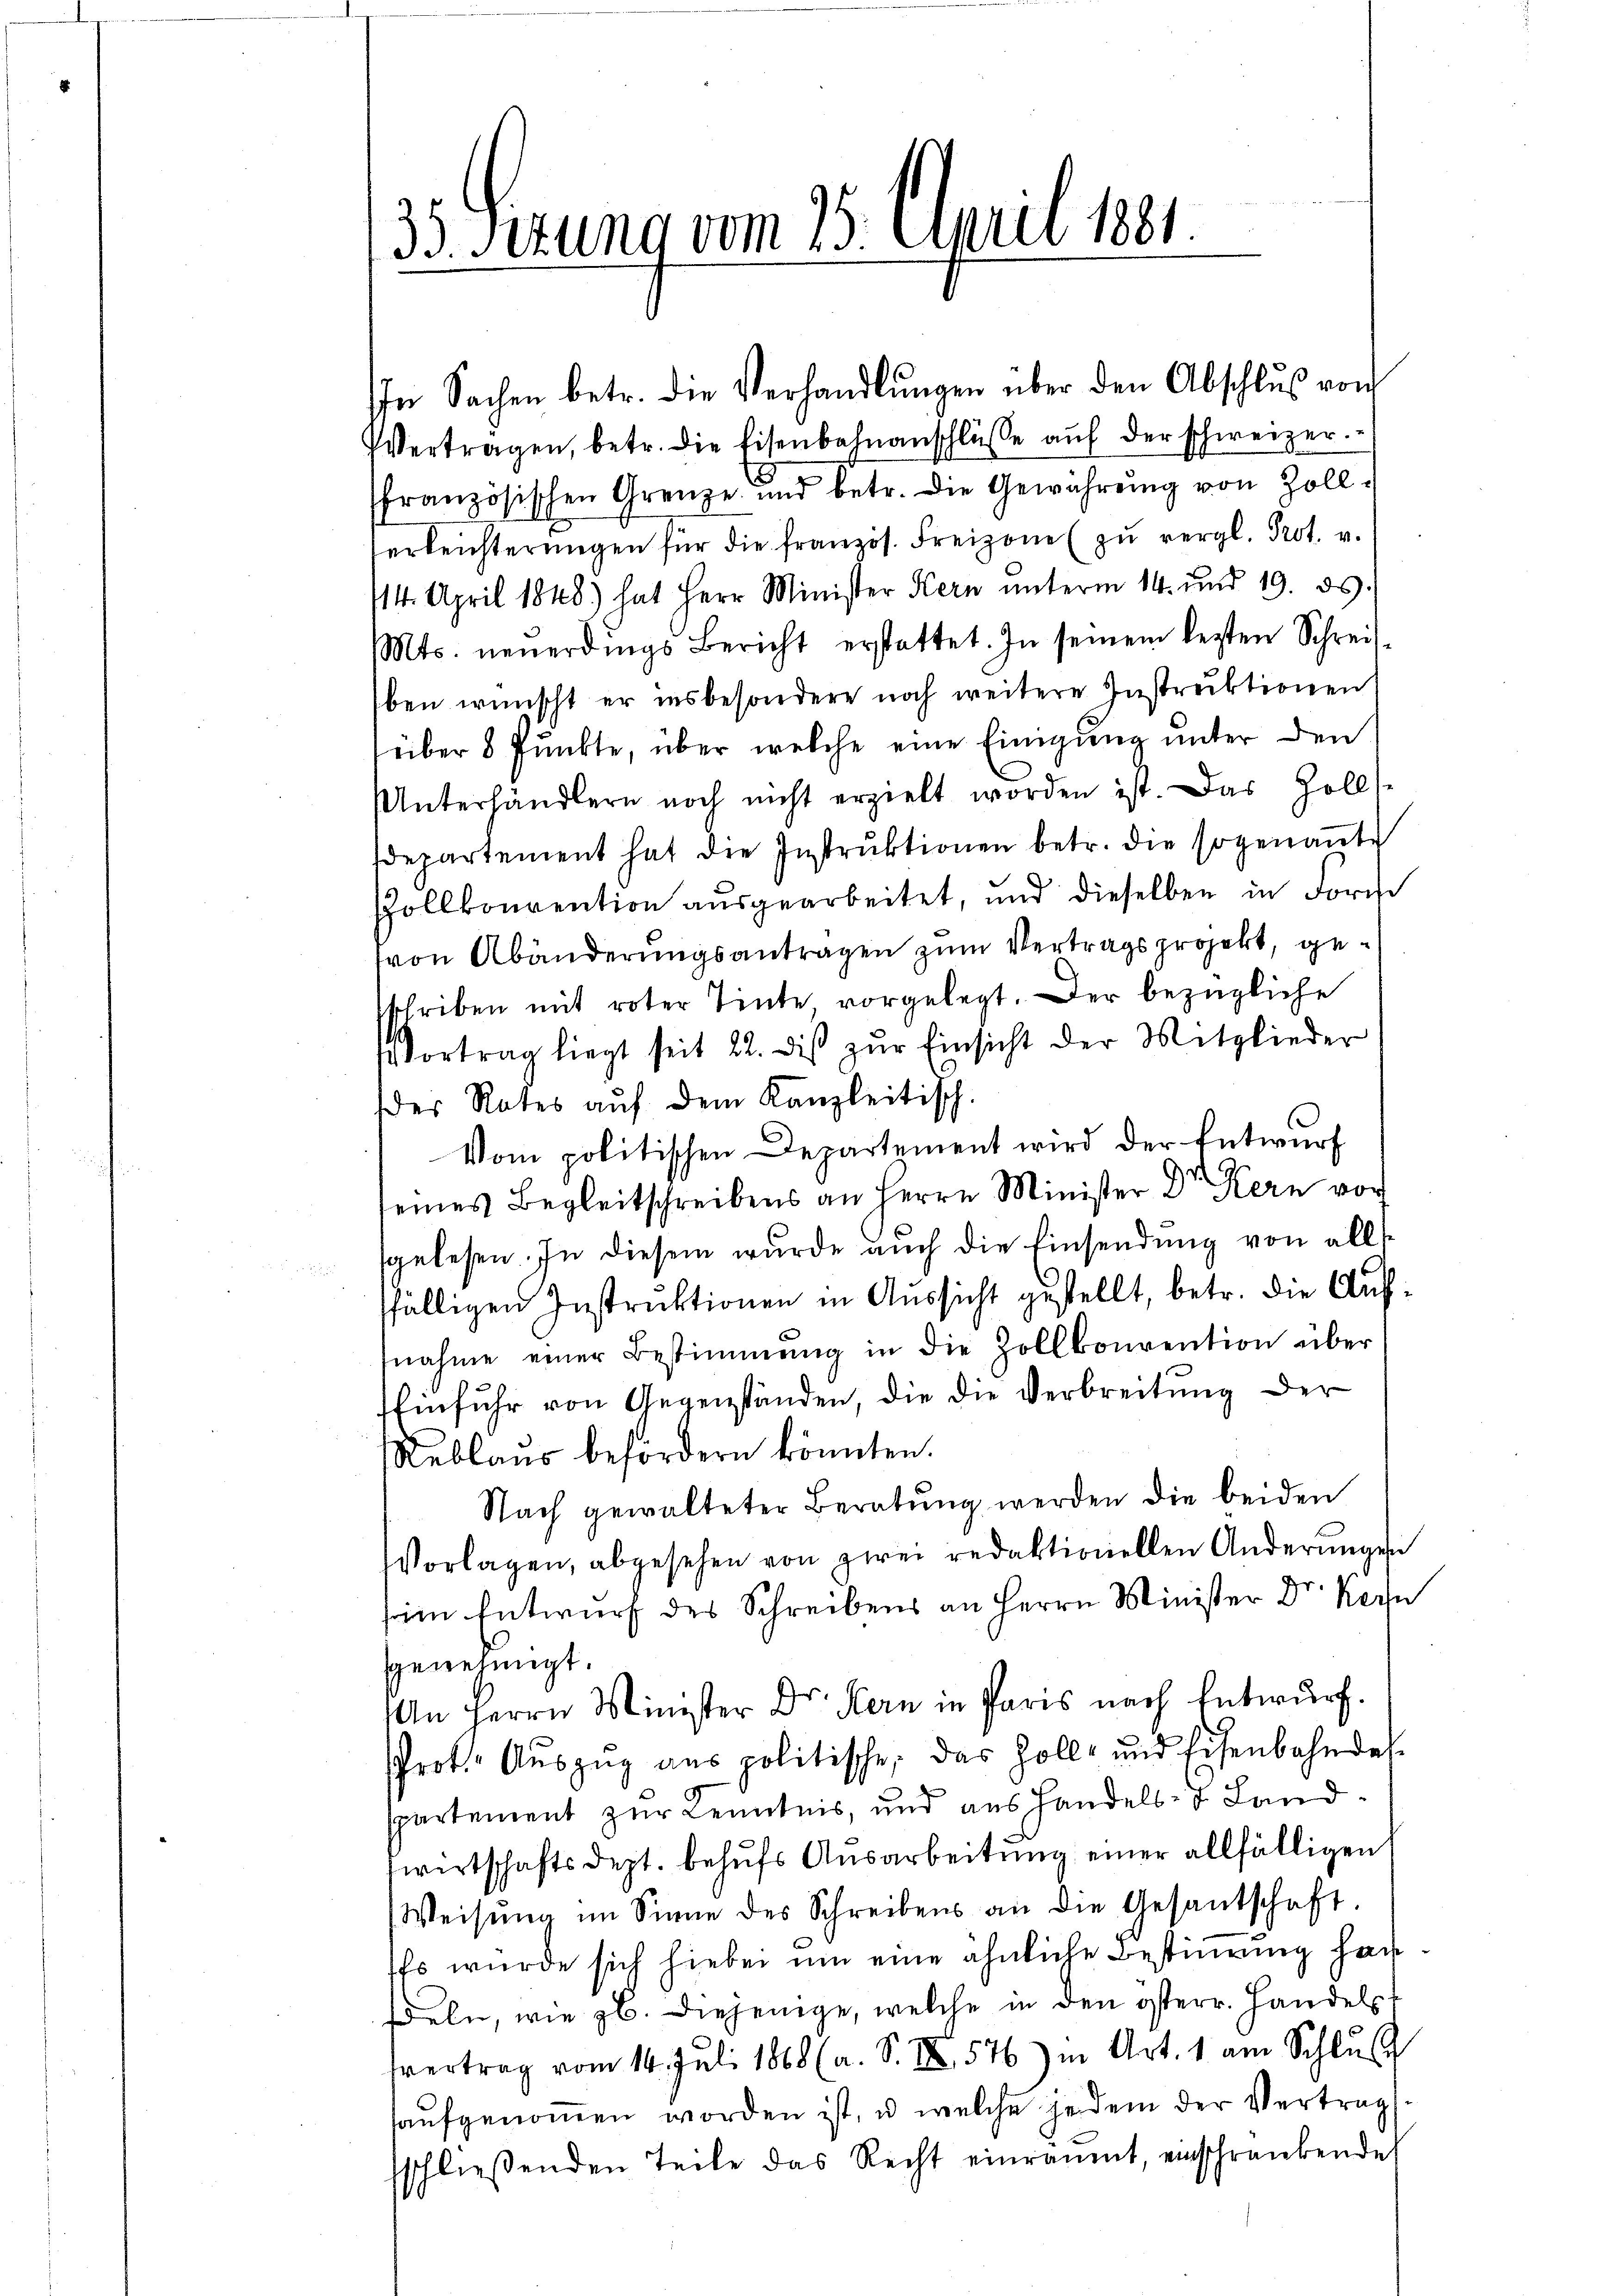
35 Sezung vom 25. April 1881.

In Sachen betr. die Verhandlŭngen über den Abschlŭβ vom
Vertragen, betr. die Eisenbahnanschlüsse aŭf der schweizer.
ffranzösischen Grenze und betr. die Gewährŭng von Zoll-
ferleichterungen für die französ. Freizone zŭ vergl. Prot. v.
114. April 1848.) hat Herr Minister Kern ŭnterm 14. und 19. ds.
Mts. neŭerdings Bericht erstattet. In seinem lezten Schreis-
ben wünscht er insbesondere noch weitere Instruktionen
über 8 Punkte, über welche eine Einigung unter den
Unterhändlern noch nicht erzielt worden ist. Das Zolls-
departement hat die Instruktionen betr. die sogenannte
Pollkonvention aŭsgearbeitet, und dieselben in Forche
(von Abänderungsantragen zum Vertragsprojekt, gesschriben mit roter Tinte vorgelegt. Der bezügliche
Vortrag liegt seit 22. diβ zŭr Einsicht der Mitglieder
des Rates aŭf dem Kanzleitisch.
Vom politischen Departement wird der Entwurf
seines Begleitschreibens an Herrn Minister Dr Kern vor
sgelesen. In diesem wurde auch die Einsendung von alle
fälligen Instrŭktionen in Aŭssicht gestellt, betr. die Auf-
nahme einer Bestimmung in die Zollkonvention über
Einfuhr von Gegenständen, die die Verbreitung der
Reblaus befordern könnten.
Nach gewalteter Beratŭng werden die beiden
Vorlagen, abgesehen von zwei redaktionellen Anderungen
sim Entwurf des Schreibens an Herrn Minister Dr. Ke
genehmigt.
An Herrn Minister Dr. Kern in Paris nach Entwurf.
schrot Aŭszŭg ans politische, das Zoll- und Eisenbahndes-
spartement zur Kenntnis, und aus Handels- & Landswirtschaftsdept. behŭfs Ausarbeitung einer allfälligen
Weisŭng im Sinne des Schreibens an die Gesantschaft.
Es wurde sich hiebei um eine ähnliche Bestimung handeln, wie zb. diejenige, welche in den österr. Handels
fvertrag vom 14. Juli 1868 (a. S. II 576) in Art. 1 am Schlus
aufgenommen worden ist, u. welche jedem der Vertrag
sschlieβenden Teile das Recht einräumt, einschränkende